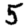
Digit: 5